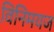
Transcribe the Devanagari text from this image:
विनिमयज